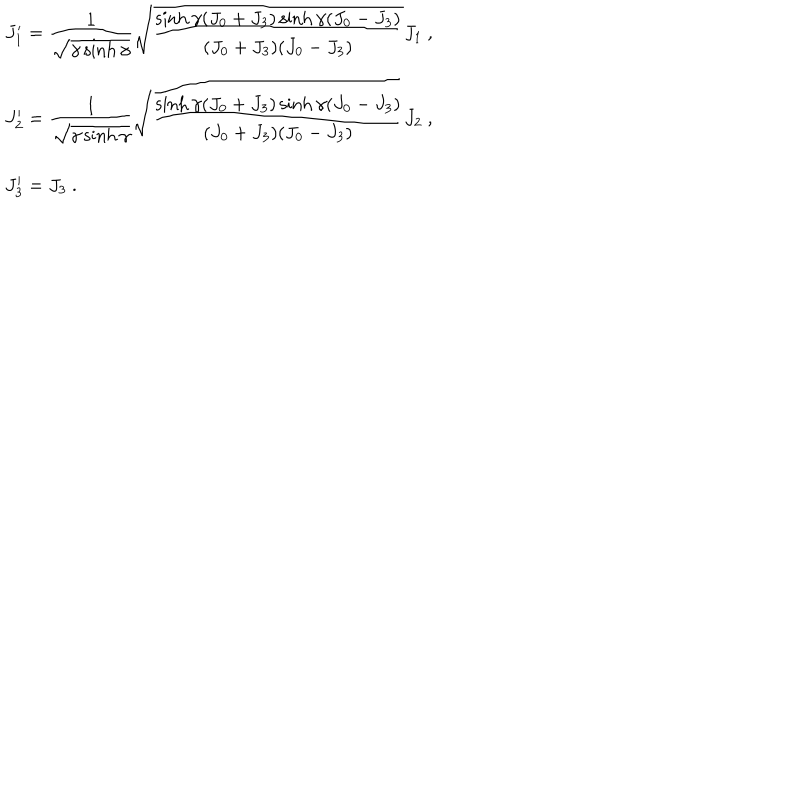
\begin{array} { l } { { J _ { 1 } ^ { \prime } = \displaystyle \frac { 1 } { \sqrt { \gamma \sinh \gamma } } \sqrt { \displaystyle \frac { \sinh \gamma ( J _ { 0 } + J _ { 3 } ) \sinh \gamma ( J _ { 0 } - J _ { 3 } ) } { ( J _ { 0 } + J _ { 3 } ) ( J _ { 0 } - J _ { 3 } ) } } J _ { 1 } ~ , } } \\ { { J _ { 2 } ^ { \prime } = \displaystyle \frac { 1 } { \sqrt { \gamma \sinh \gamma } } \sqrt { \displaystyle \frac { \sinh \gamma ( J _ { 0 } + J _ { 3 } ) \sinh \gamma ( J _ { 0 } - J _ { 3 } ) } { ( J _ { 0 } + J _ { 3 } ) ( J _ { 0 } - J _ { 3 } ) } } J _ { 2 } ~ , } } \\ { { J _ { 3 } ^ { \prime } = J _ { 3 } ~ . } } \\ \end{array}